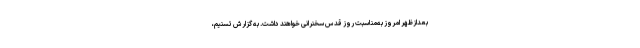
بعدازظهر امروز به‌مناسبت روز قدس سخنرانی خواهند داشت. به گزارش تسنیم،